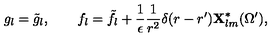
g _ { l } = \tilde { g } _ { l } , \qquad f _ { l } = \tilde { f } _ { l } + { \frac { 1 } { \epsilon } } { \frac { 1 } { r ^ { 2 } } } \delta ( r - r ^ { \prime } ) { \bf X } _ { l m } ^ { * } ( \Omega ^ { \prime } ) ,